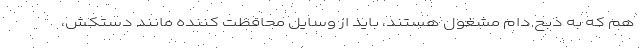
هم که به ذبح دام مشغول هستند، باید از وسایل محافظت کننده مانند دستکش،